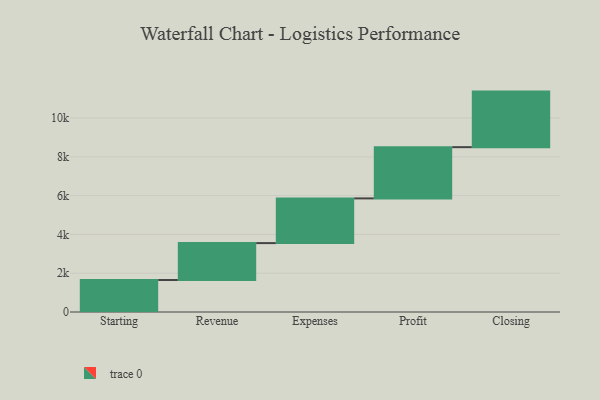
{"axis": {"x": "Step", "y": "Value"}, "legend": [""], "data": [{"x": "Starting", "y": 1649.0, "type": ""}, {"x": "Revenue", "y": 1904.0, "type": ""}, {"x": "Expenses", "y": 2305.0, "type": ""}, {"x": "Profit", "y": 2642.0, "type": ""}, {"x": "Closing", "y": 2865.0, "type": ""}]}